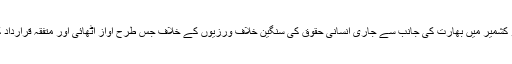
انہوں نے کہا کہ پورپی پارلیمنٹیرینز نے مقبوضہ جموں و کشمیر میں بھارت کی جانب سے جاری انسانی حقوق کی سنگین خلاف ورزیوں کے خلاف جس طرح آواز اٹھائی اور متفقہ قرارداد کے ذریعے عالمی ضمیر کو جھنجھوڑا وہ قابلِ تحسین ہے۔